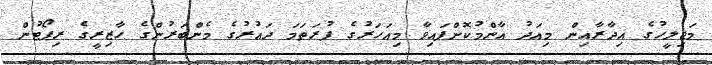
މަޖިލީހުގެ އިދާރާއިން މިއަދު އާންމުކޮށްފައިވާ މިއަހަރުގެ ފުރަތަމަ ދައުރުގެ މެންބަރުންގެ ހާޒިރީގެ ރިޕޯޓުން